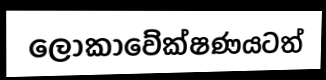
ලෝකාවේක්ෂණයටත්